Plague in India, 1896, 1897 - Volume 3
Year: 1896
Disease focus: Plague
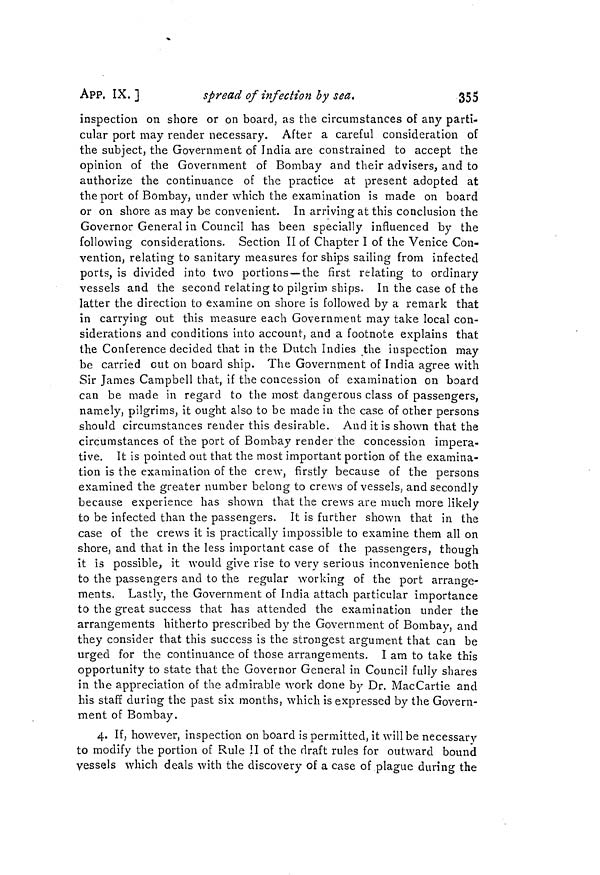
355
APP, IX. ]
spread of infection by sea.
inspection on shore or on board, as the circumstances of any parti-
cular port may render necessary. After a careful consideration of
the subject, the Government of India are constrained to accept the
opinion of the Government of Bombay and their advisers, and to
authorize the continuance of the practice at present adopted at
the port of Bombay, under which the examination is made on board
or on shore as may be convenient. In arriving at this conclusion the
Governor General in Council has been specially influenced by the
following considerations. Section II of Chapter I of the Venice Con-
vention, relating to sanitary measures for ships sailing from infected
ports, is divided into two portions — the first relating to ordinary
vessels and the second relating to pilgrim ships. In the case of the
latter the direction to examine on shore is followed by a remark that
in carrying out this measure each Government may take local con-
siderations and conditions into account, and a footnote explains that
the Conference decided that in the Dutch Indies the inspection may
be carried out on board ship. The Government of India agree with
Sir James Campbell that, if the concession of examination on board
can be made in regard to the most dangerous class of passengers,
namely, pilgrims, it ought also to be made in the case of other persons
should circumstances render this desirable. And it is shown that the
circumstances of the port of Bombay render the concession impera-
tive. It is pointed out that the most important portion of the examina-
tion is the examination of the crew, firstly because of the persons
examined the greater number belong to crews of vessels, and secondly
because experience has shown that the crews are much more likely
to be infected than the passengers. It is further shown that in the
case of the crews it is practically impossible to examine them all on
shore, and that in the less important case of the passengers, though
it is possible, it would give rise to very serious inconvenience both
to the passengers and to the regular working of the port arrange-
ments. Lastly, the Government of India attach particular importance
to the great success that has attended the examination under the
arrangements hitherto prescribed by the Government of Bombay, and
they consider that this success is the strongest argument that can be
urged for the continuance of those arrangements. I am to take this
opportunity to state that the Governor General in Council fully shares
in the appreciation of the admirable work done by Dr. MacCartie and
his staff during the past six months, which is expressed by the Govern-
ment of Bombay.
4. If, however, inspection on board is permitted, it will be necessary
to modify the portion of Rule ÍI of the draft rules for outward bound
vessels which deals with the discovery of a case of plague during the